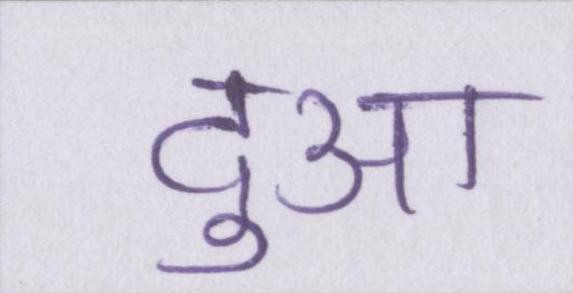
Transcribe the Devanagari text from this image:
दुआ